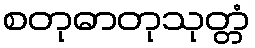
စတုဓာတုသုတ္တံ